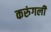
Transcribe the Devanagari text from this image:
करुंगली